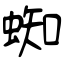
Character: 蜘